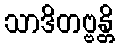
သာဒိတဗ္ဗန္တိ